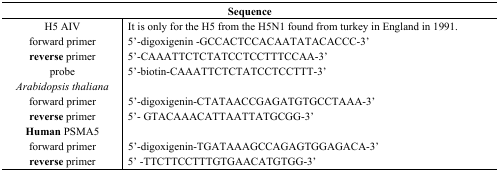
<table><thead><tr><td colspan="2"><b>Sequence</b></td></tr></thead><tbody><tr><td>H5 AIV</td><td>It is only for the H5 from the H5N1 found from turkey in England in 1991.</td></tr><tr><td>forward primer</td><td>5&#x27;-digoxigenin -GCCACTCCACAATATACACCC-3&#x27;</td></tr><tr><td><b>reverse</b> primer</td><td>5&#x27;-CAAATTCTCTATCCTCCTTTCCAA-3&#x27;</td></tr><tr><td>probe</td><td>5&#x27;-biotin-CAAATTCTCTATCCTCCTTT-3&#x27;</td></tr><tr><td><i>Arabidopsis thaliana</i></td><td></td></tr><tr><td>forward primer</td><td>5&#x27;-digoxigenin-CTATAACCGAGATGTGCCTAAA-3&#x27;</td></tr><tr><td><b>reverse</b> primer</td><td>5&#x27;- GTACAAACATTAATTATGCGG-3&#x27;</td></tr><tr><td><b>Human</b> PSMA5</td><td></td></tr><tr><td>forward primer</td><td>5&#x27;-digoxigenin-TGATAAAGCCAGAGTGGAGACA-3&#x27;</td></tr><tr><td><b>reverse</b> primer</td><td>5&#x27; -TTCTTCCTTTGTGAACATGTGG-3&#x27;</td></tr></tbody></table>